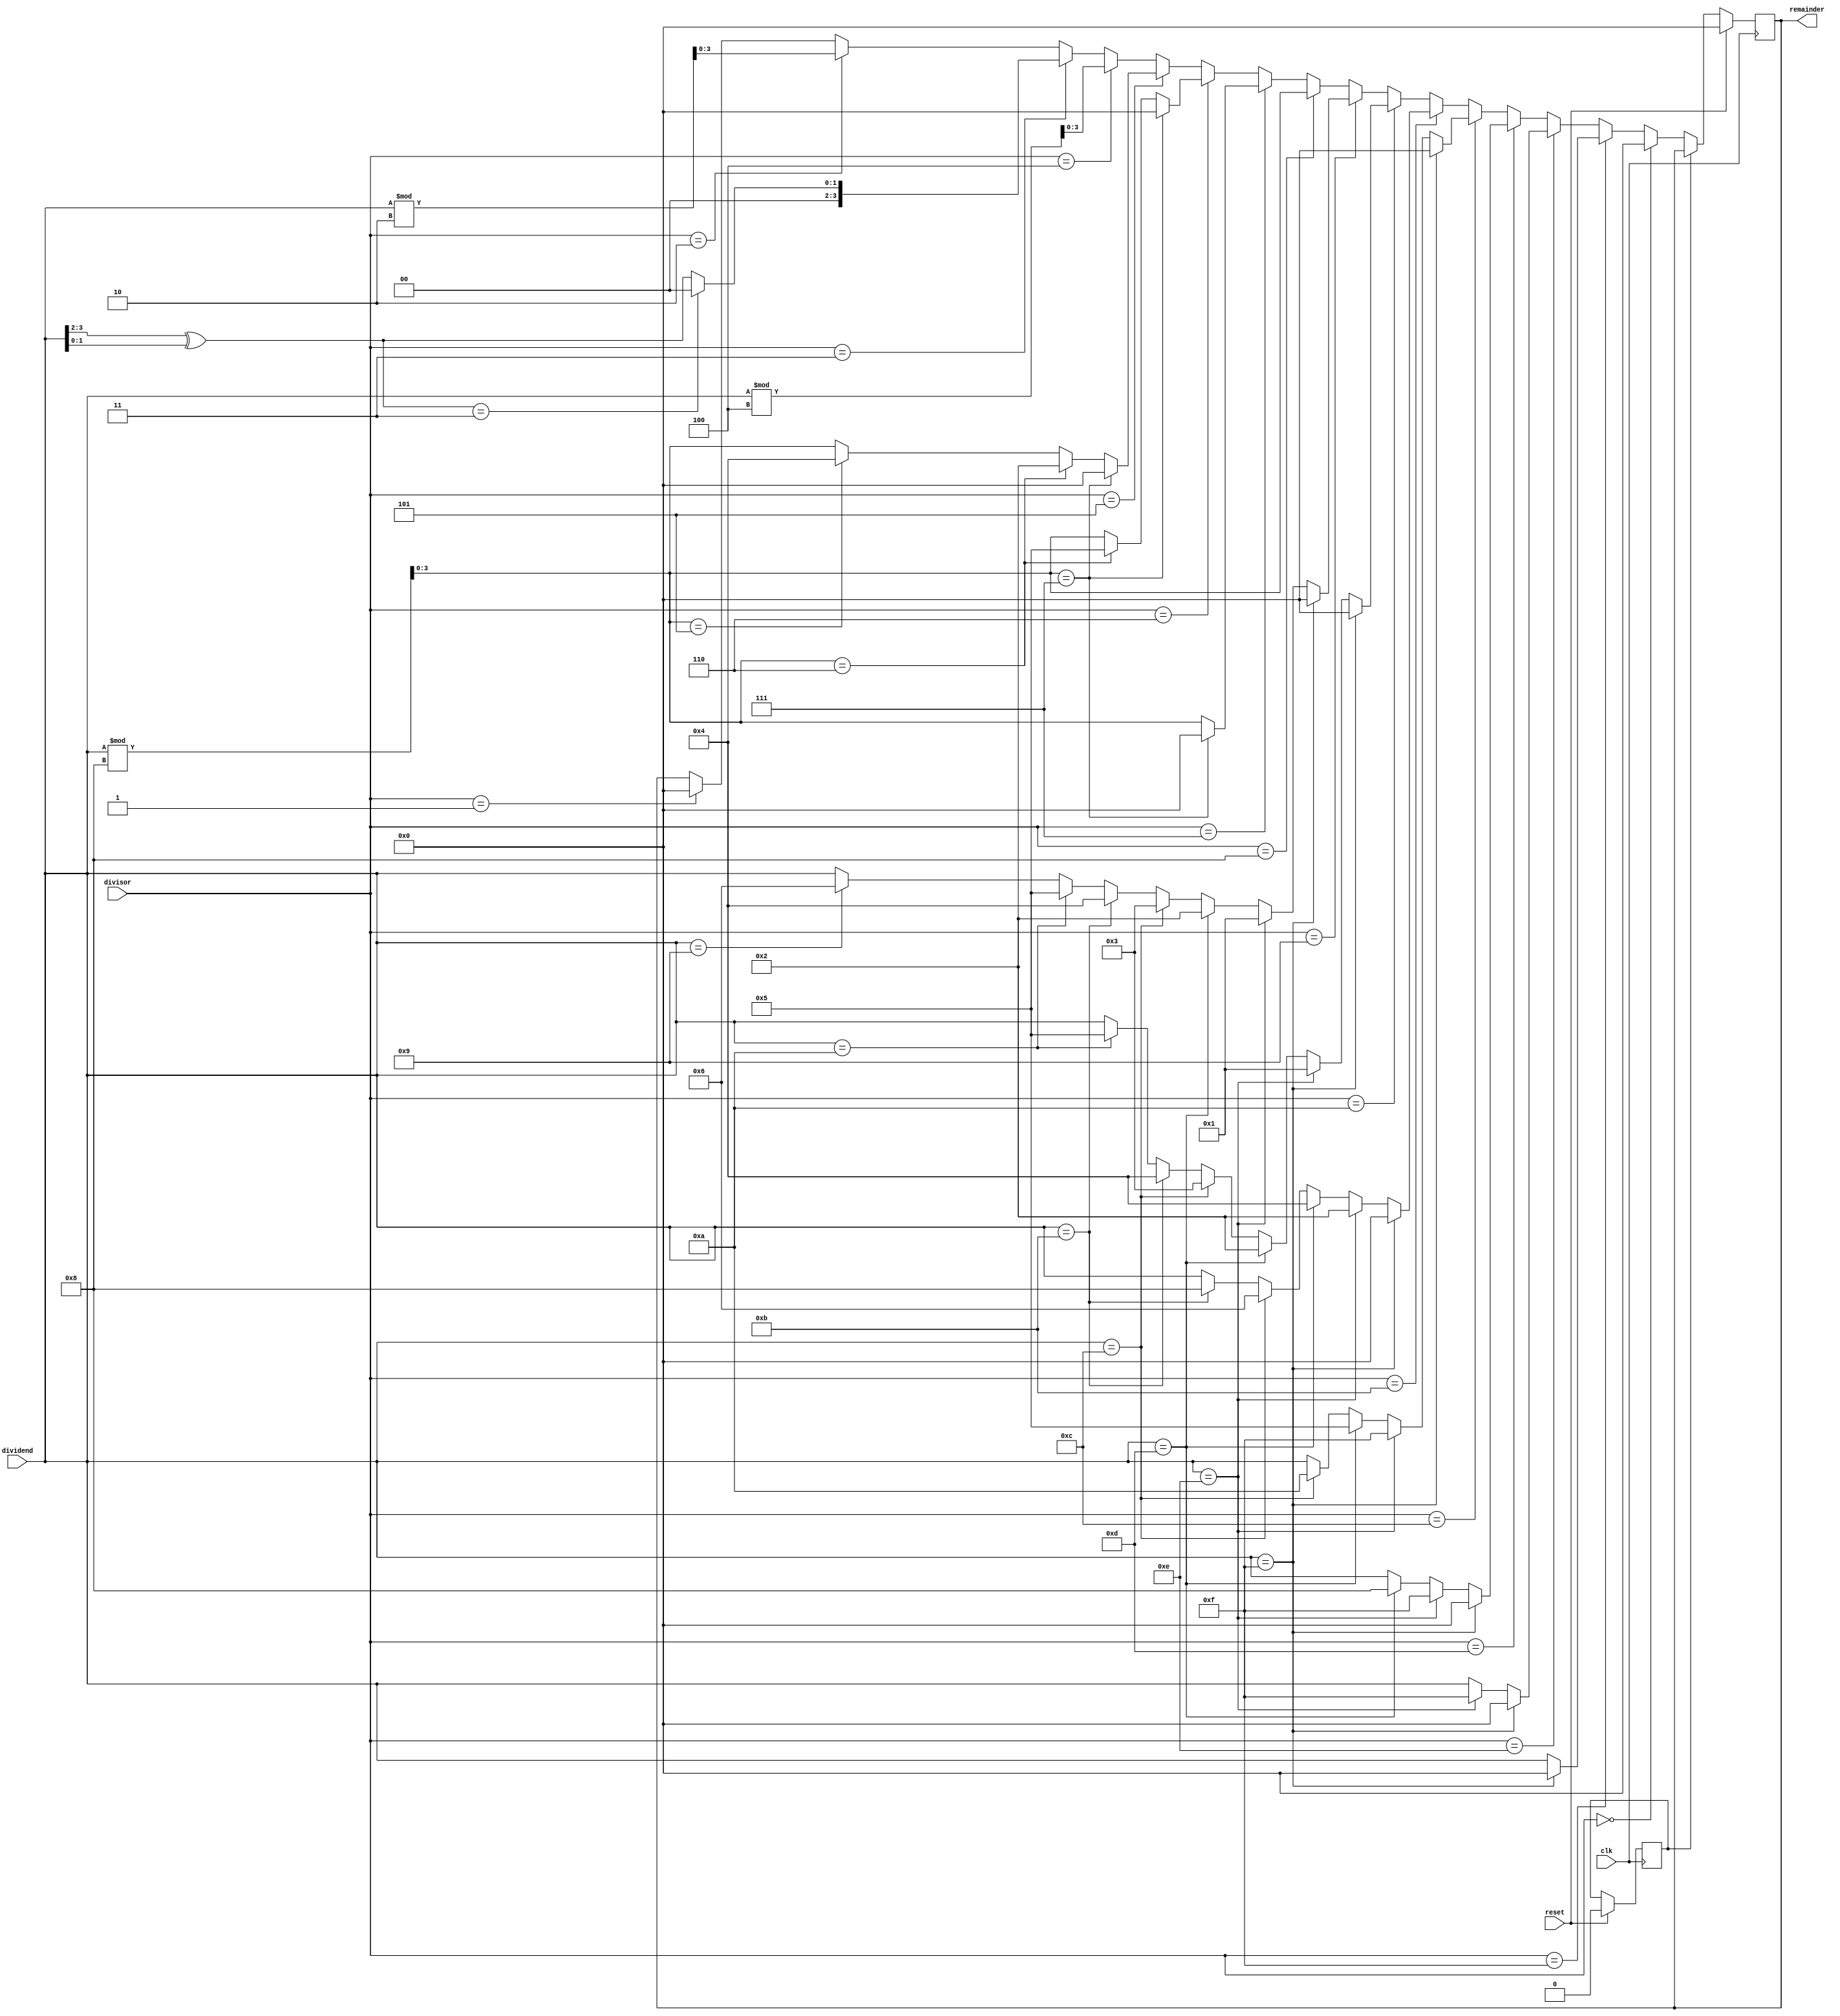
//
// MPLS Switch Divider Module Enhancements,
//   Developed by Algo-Logic Systems
//   Copyright 2011 Google Inc. All Rights Reserved.
//
//   Licensed under the Apache License, Version 2.0 (the "License");
//   you may not use this file except in compliance with the License.
//   You may obtain a copy of the License at
//
//       http://www.apache.org/licenses/LICENSE-2.0
//
//       Unless required by applicable law or agreed to in writing, software
//       distributed under the License is distributed on an "AS IS" BASIS,
//       WITHOUT WARRANTIES OR CONDITIONS OF ANY KIND, either express or
//       implied.
//       See the License for the specific language governing permissions and
//       limitations under the License.
//   Based on code from NetFPGA Project
//   Distributed through the NetBSD License
//-----------------------------------------------------------
// Module: divider.v
// Project: NF2.1
// Description: Divider unit used for load distribution.
//
///////////////////////////////////////////////////////////////////////////////
`timescale 1ns/1ps

  module divider
    
   (// --- Interface to the previous stage
         input [3:0]dividend,
	 input [3:0] divisor,
	 output reg [3:0]    remainder,
	// --- Misc

    input                              reset,
    input                              clk
   );


 wire [1:0] dh1;
 wire[3:0] mod_8;
 reg [3:0]    remainder_next;

 assign dh1 = dividend[3:2]^dividend[1:0];
 assign mod_8 = dividend%8;

parameter INIT = 0;
reg          div_state, div_state_next;

always @(*) begin
  div_state_next = div_state;
  remainder_next = remainder;

case(div_state)
			
   INIT: begin

           
            if(divisor==4'h1) begin
                remainder_next=0;
            end
            if(divisor==4'h2) begin
                remainder_next=dividend%2;
            end
            if(divisor==4'h3) begin
                   if (dh1==2'b11)begin
                      remainder_next=0;
                   end
                   else begin
                      remainder_next={2'b0,dh1};
                   end
            end
            if(divisor==4'h4) begin
                remainder_next=dividend%4;
            end 
            if(divisor==4'h5) begin
                   if (mod_8==4'h7)begin
                      remainder_next=0;
                   end
                   else if (mod_8==4'h6)begin
                      remainder_next=4'h2;
                   end
                   else if (mod_8==4'h5)begin
                      remainder_next=4'h4;
                   end
                   else begin
                      remainder_next=mod_8;
                   end
            end 
            if(divisor==4'h6) begin
                   if (mod_8==4'h7)begin
                      remainder_next=0;
                   end
                   else if (mod_8==4'h6)begin
                      remainder_next=4'h5;
                   end
                   else begin
                      remainder_next=mod_8;
                   end
            end  
            if(divisor==4'h7) begin
                   if (mod_8==4'h7)begin
                      remainder_next=0;
                   end
                   else begin
                      remainder_next=mod_8;
                   end
            end
            if(divisor==4'h8) begin
                  remainder_next=mod_8;
            end 
            if(divisor==4'h9) begin
                   if (dividend==4'hf)begin
                      remainder_next=4'h0;
                   end
                   else if (dividend==4'he)begin
                      remainder_next=4'h1;
                   end
                   else if (dividend==4'hd)begin
                      remainder_next=4'h2;
                   end
                   else if (dividend==4'hc)begin
                      remainder_next=4'h3;
                   end
                   else if (dividend==4'hb)begin
                      remainder_next=4'h4;
                   end
                   else if (dividend==4'ha)begin
                      remainder_next=4'h5;
                   end
                   else if (dividend==4'h9)begin
                      remainder_next=4'h6;
                   end
                   else begin
                      remainder_next=dividend;
                   end
            end
            if(divisor==4'ha) begin
                   if (dividend==4'hf)begin
                      remainder_next=4'h0;
                   end
                   else if (dividend==4'he)begin
                      remainder_next=4'h1;
                   end
                   else if (dividend==4'hd)begin
                      remainder_next=4'h2;
                   end
                   else if (dividend==4'hc)begin
                      remainder_next=4'h3;
                   end
                   else if (dividend==4'hb)begin
                      remainder_next=4'h4;
                   end
                   else if (dividend==4'ha)begin
                      remainder_next=4'h5;
                   end
                   else begin
                      remainder_next=dividend;
                   end
            end
            if(divisor==4'hb) begin
                   if (dividend==4'hf)begin
                      remainder_next=4'h0;
                   end
                   else if (dividend==4'he)begin
                      remainder_next=4'h2;
                   end
                   else if (dividend==4'hd)begin
                      remainder_next=4'h4;
                   end
                   else if (dividend==4'hc)begin
                      remainder_next=4'h6;
                   end
                   else if (dividend==4'hb)begin
                      remainder_next=4'h8;
                   end
                   else begin
                      remainder_next=dividend;
                   end
            end  
             if(divisor==4'hc) begin
                   if (dividend==4'hf)begin
                      remainder_next=4'h0;
                   end
                   else if (dividend==4'he)begin
                      remainder_next=4'hf;
                   end
                   else if (dividend==4'hd)begin
                      remainder_next=4'h5;
                   end
                   else if (dividend==4'hc)begin
                      remainder_next=4'ha;
                   end
                   else begin
                      remainder_next=dividend;
                   end
            end 
             if(divisor==4'hd) begin
                   if (dividend==4'hf)begin
                      remainder_next=4'h0;
                   end
                   else if (dividend==4'he)begin
                      remainder_next=4'hf;
                   end
                   else if (dividend==4'hd)begin
                      remainder_next=4'h8;
                   end
                   else begin
                      remainder_next=dividend;
                   end
            end 
            if(divisor==4'he) begin
                   if (dividend==4'hf)begin
                      remainder_next=4'h0;
                   end
                   else if (dividend==4'he)begin
                      remainder_next=4'hf;
                   end
                   else begin
                      remainder_next=dividend;
                   end
            end 
            if(divisor==4'hf) begin
                   if (dividend==4'hf)begin
                      remainder_next=4'h0;
                   end
                   else begin
                      remainder_next=dividend;
                   end
            end 
            if(divisor==4'h0) begin
                   remainder_next=4'h0;
            end 
      end //INIT          
    endcase // case(state)  
 end //always
 always @(posedge clk) begin
      if(reset) begin
         div_state <= INIT;
	 remainder <= 0;
      end
      else begin
         div_state <= div_state_next;
	 remainder <= remainder_next;
      end
 end  //always 
endmodule // divider